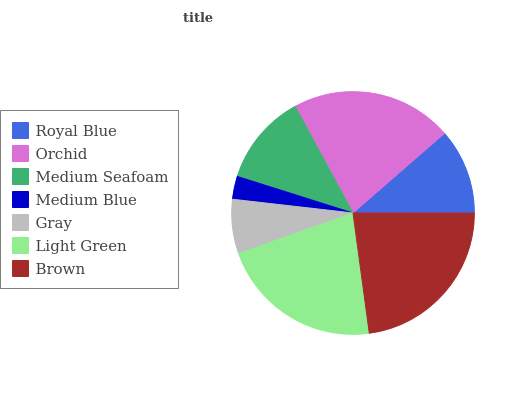
| Royal Blue | Orchid | Medium Seafoam | Medium Blue | Gray | Light Green | Brown |
 | --- | --- | --- | --- | --- | --- | --- |
 | 11.4% | 21.5% | 12.2% | 3.06% | 7.24% | 21.7% | 22.9% |